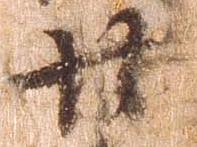
廿